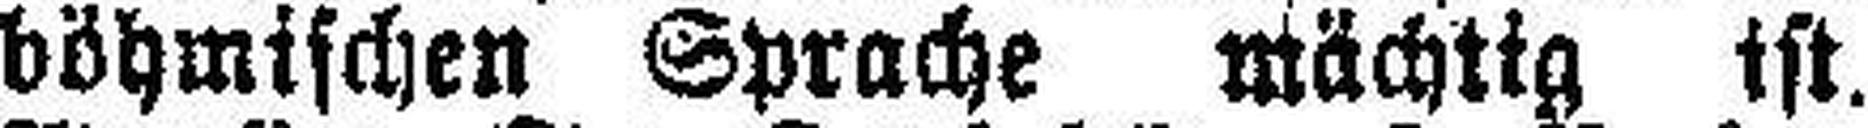
böhmischen Sprache mächtig ist.